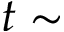
t \sim